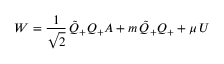
{ \cal { W } } = \frac { 1 } { \sqrt { 2 } } \, \tilde { Q } _ { + } Q _ { + } A + m \, \tilde { Q } _ { + } Q _ { + } + \mu \, U